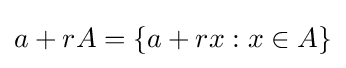
a+rA=\{a+rx:x\in A\}